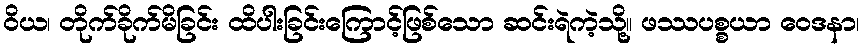
ဝိယ၊ တိုက်ခိုက်မိခြင်း ထိပါးခြင်းကြောင့်ဖြစ်သော ဆင်းရဲကဲ့သို့။ ဖဿပစ္စယာ ဝေဒနာ၊